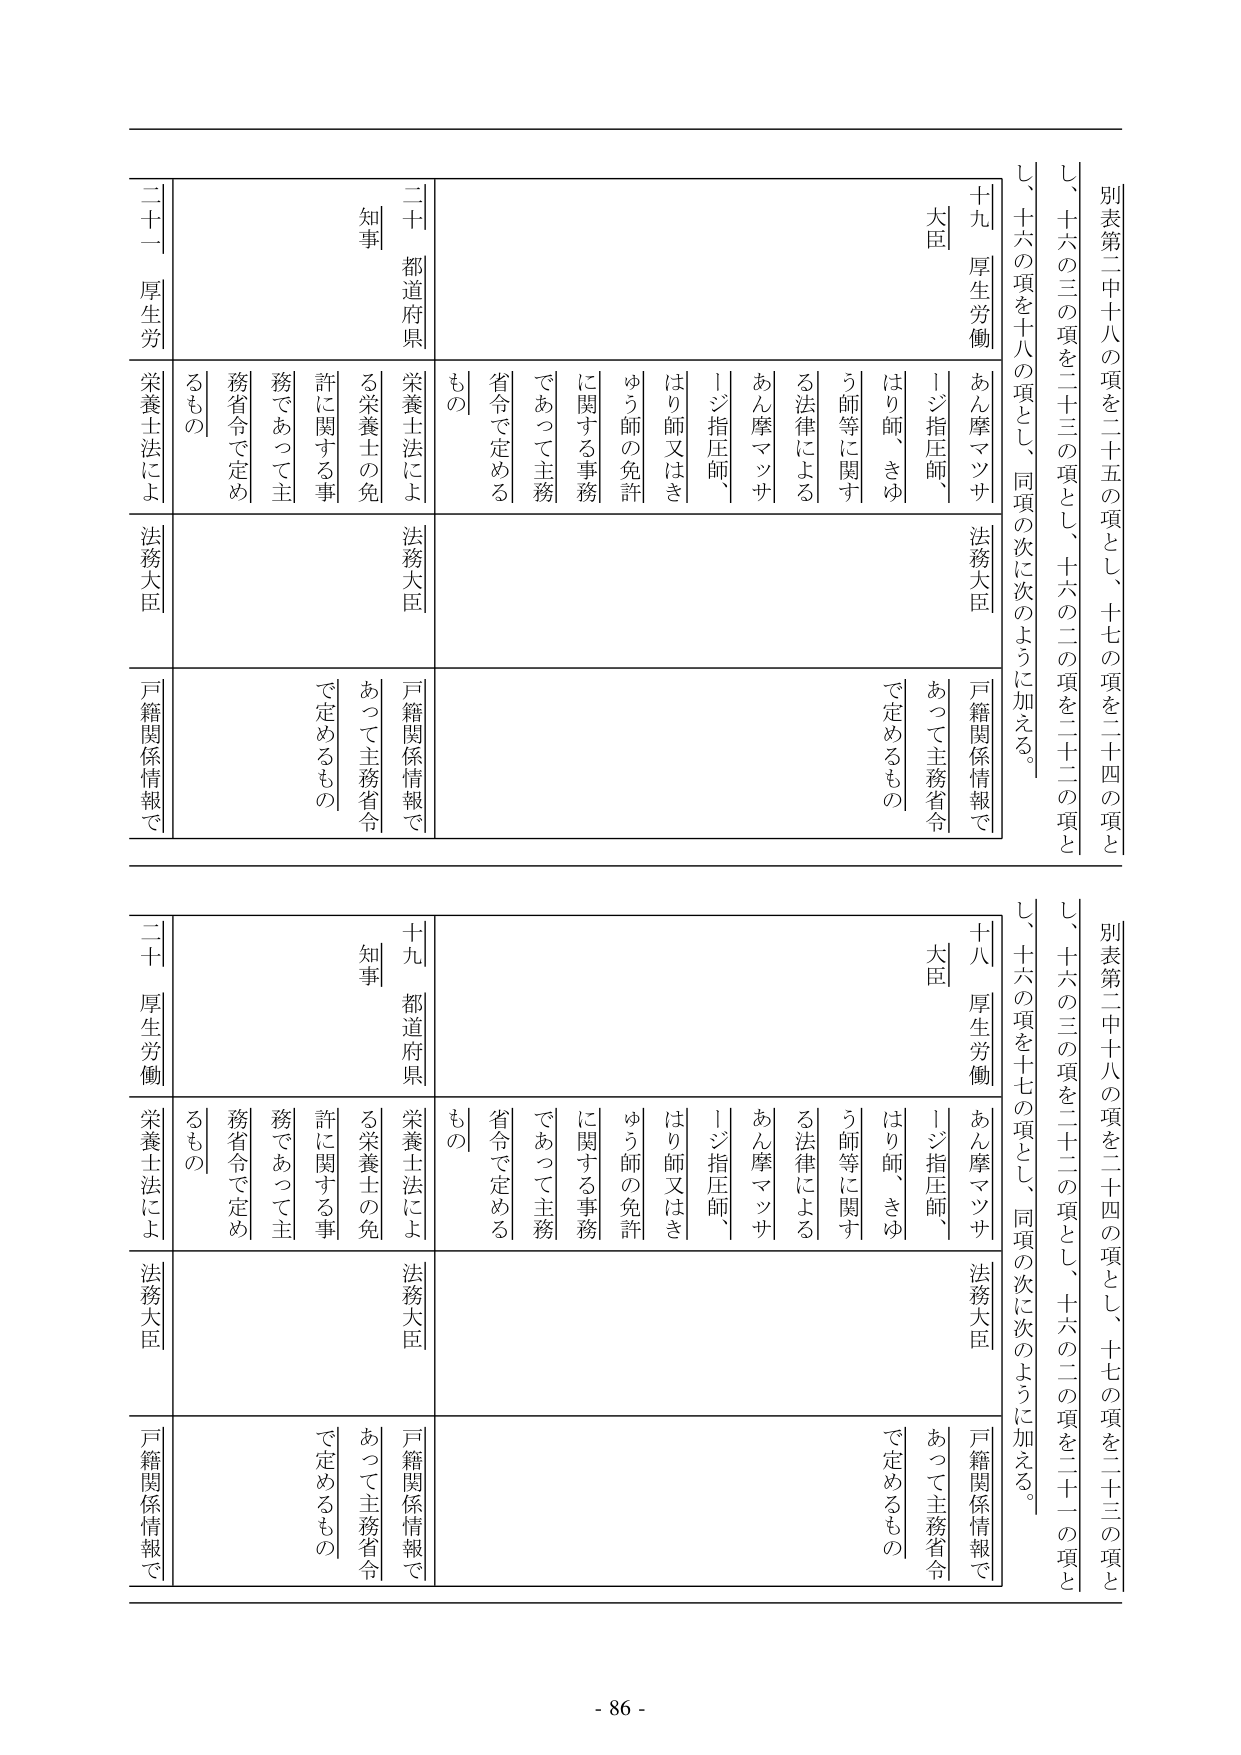
別表第二十八の項を二十五の項とし、十七の項を二十四の項と
し、十六の三の項を二十三の項とし、十六の二の項を二十二の項と
し、十六の項を十八の項とし、同項の次に次のように加える。

十九 厚生労働大臣
あん摩マッサージ指圧師、はり師、きゅう師等に関する法律による
あん摩マッサージ指圧師、はり師又はきゅう師の免許に関する事務
であって主務省令で定めるもの

都道府県知事
栄養士法による栄養士の免許に関する事務であって主務省令で定め
るもの

二十一 厚生労働大臣
栄養士法による栄養士の免許に関する事務であって主務省令で定め
るもの

法務大臣
戸籍関係情報で定めるもの

別表第二十八の項を二十四の項とし、十七の項を二十三の項と
し、十六の三の項を二十二の項とし、十六の二の項を二十一の項と
し、十六の項を十七の項とし、同項の次に次のように加える。

十八 厚生労働大臣
あん摩マッサージ指圧師、はり師、きゅう師等に関する法律による
あん摩マッサージ指圧師、はり師又はきゅう師の免許に関する事務
であって主務省令で定めるもの

都道府県知事
栄養士法による栄養士の免許に関する事務であって主務省令で定め
るもの

二十 厚生労働大臣
栄養士法による栄養士の免許に関する事務であって主務省令で定め
るもの

法務大臣
戸籍関係情報で定めるもの

- 86 -